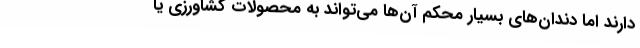
دارند اما دندان‌های بسیار محکم آن‌ها می‌تواند به محصولات کشاورزی یا